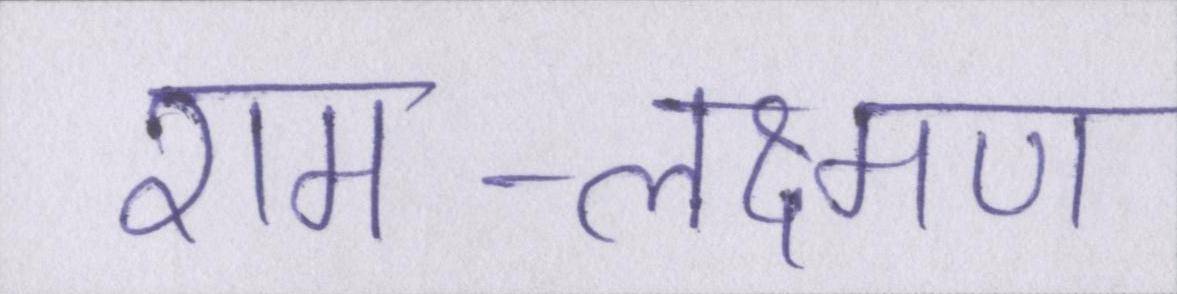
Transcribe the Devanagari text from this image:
राम-लक्ष्मण